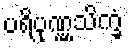
ပရိပုဏ္ဏသိက္ခံ